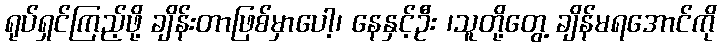
ရုပ်ရှင်ကြည့်ဖို့ ချိန်းတာဖြစ်မှာပေါ့၊ နေနှင့်ဦး ၊သူတို့တွေ့ ချိန်မရအောင်ကို